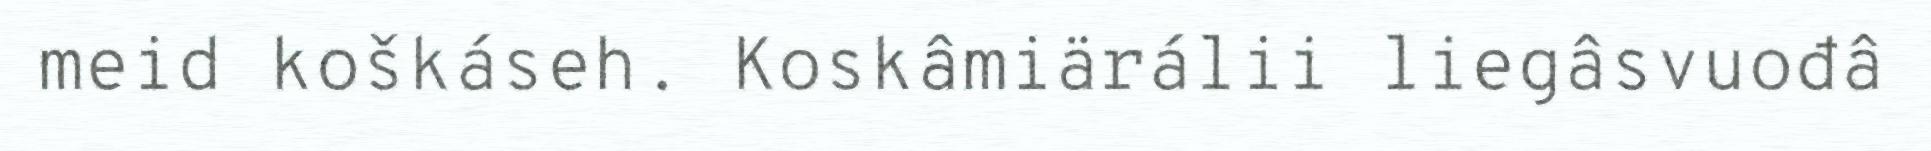
meid koškáseh. Koskâmiärálii liegâsvuođâ